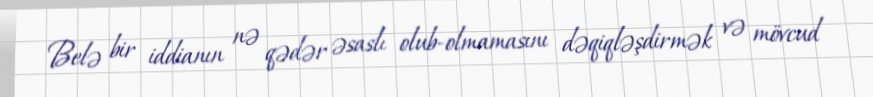
Belə bir iddianın nə qədər əsaslı olub-olmamasını dəqiqləşdirmək və mövcud